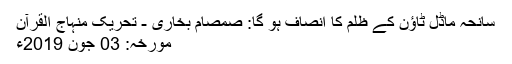
سانحہ ماڈل ٹاؤن کے ظلم کا انصاف ہو گا: صمصام بخاری - تحریک منہاج القرآن
مورخہ: 03 جون 2019ء